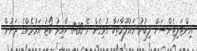
އިންޓަލިޖެންސަށް ލިބުނު މައުލޫމާތަކާ ގުޅިގެން ރޭ 11:00 ހާއިރު ކޯޓު އަމުރެއްގެ ދަށުން